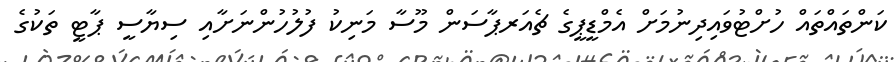
ކަންތައްތައް ހުށްޓުވައިދިނުމަށް އެމްޑީޕީގެ ޗެއަރޕާސަން މޫސާ މަނިކު ފުލުހުންނަށާއި ސިޔާސީ ޕާޓީ ތަކުގެ